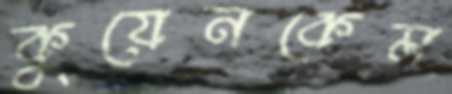
কুয়েনকেম